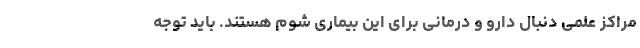
مراکز علمی دنبال دارو و درمانی برای این بیماری شوم هستند. باید توجه